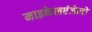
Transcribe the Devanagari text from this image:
माइकेलएंजेलो